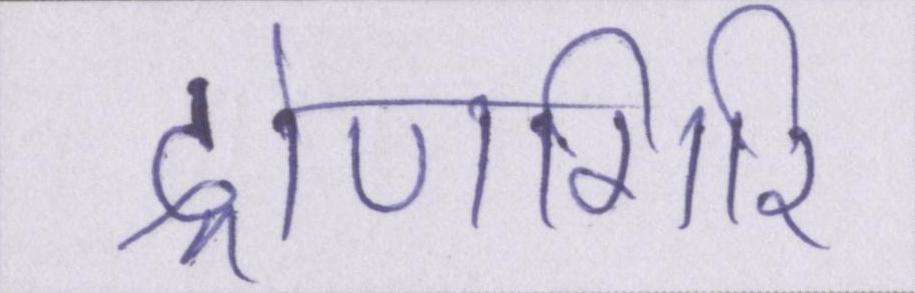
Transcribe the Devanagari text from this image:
द्रोणगिरि